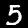
Digit: 5